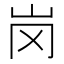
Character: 岗